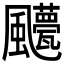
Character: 𲋍